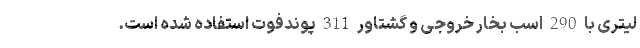
لیتری با 290 اسب بخار خروجی و گشتاور 311 پوندفوت استفاده شده است.